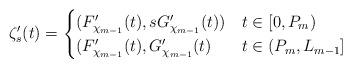
LaTeX: \begin{align*}\zeta_s'(t) =\begin{cases}(F_{\chi_{m-1}}'(t), s G_{\chi_{m-1}}'(t)) & t \in [0,P_m) \\(F_{\chi_{m-1}}'(t), G_{\chi_{m-1}}'(t) & t \in (P_m,L_{m-1}] \\\end{cases}\end{align*}